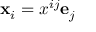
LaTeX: \mathbf { x } _ { i } = x ^ { i j } \mathbf { e } _ { j }